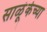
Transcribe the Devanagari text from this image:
साळूंकेच्या